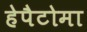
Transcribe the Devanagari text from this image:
हेपैटोमा